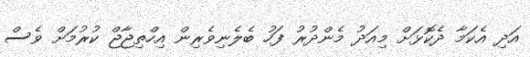
އަދި އެކަމާ ދެކޮޅަށް މިއަދު މެންދުރު ފަހު ބެލެނިވެރިން އިހްތިޖާޖް ކުރުމަށް ވެސް